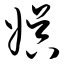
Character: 娱